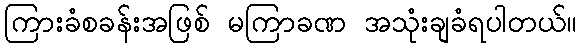
ကြားခံစခန်းအဖြစ် မကြာခဏ အသုံးချခံရပါတယ်။